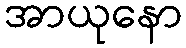
အာယုနော